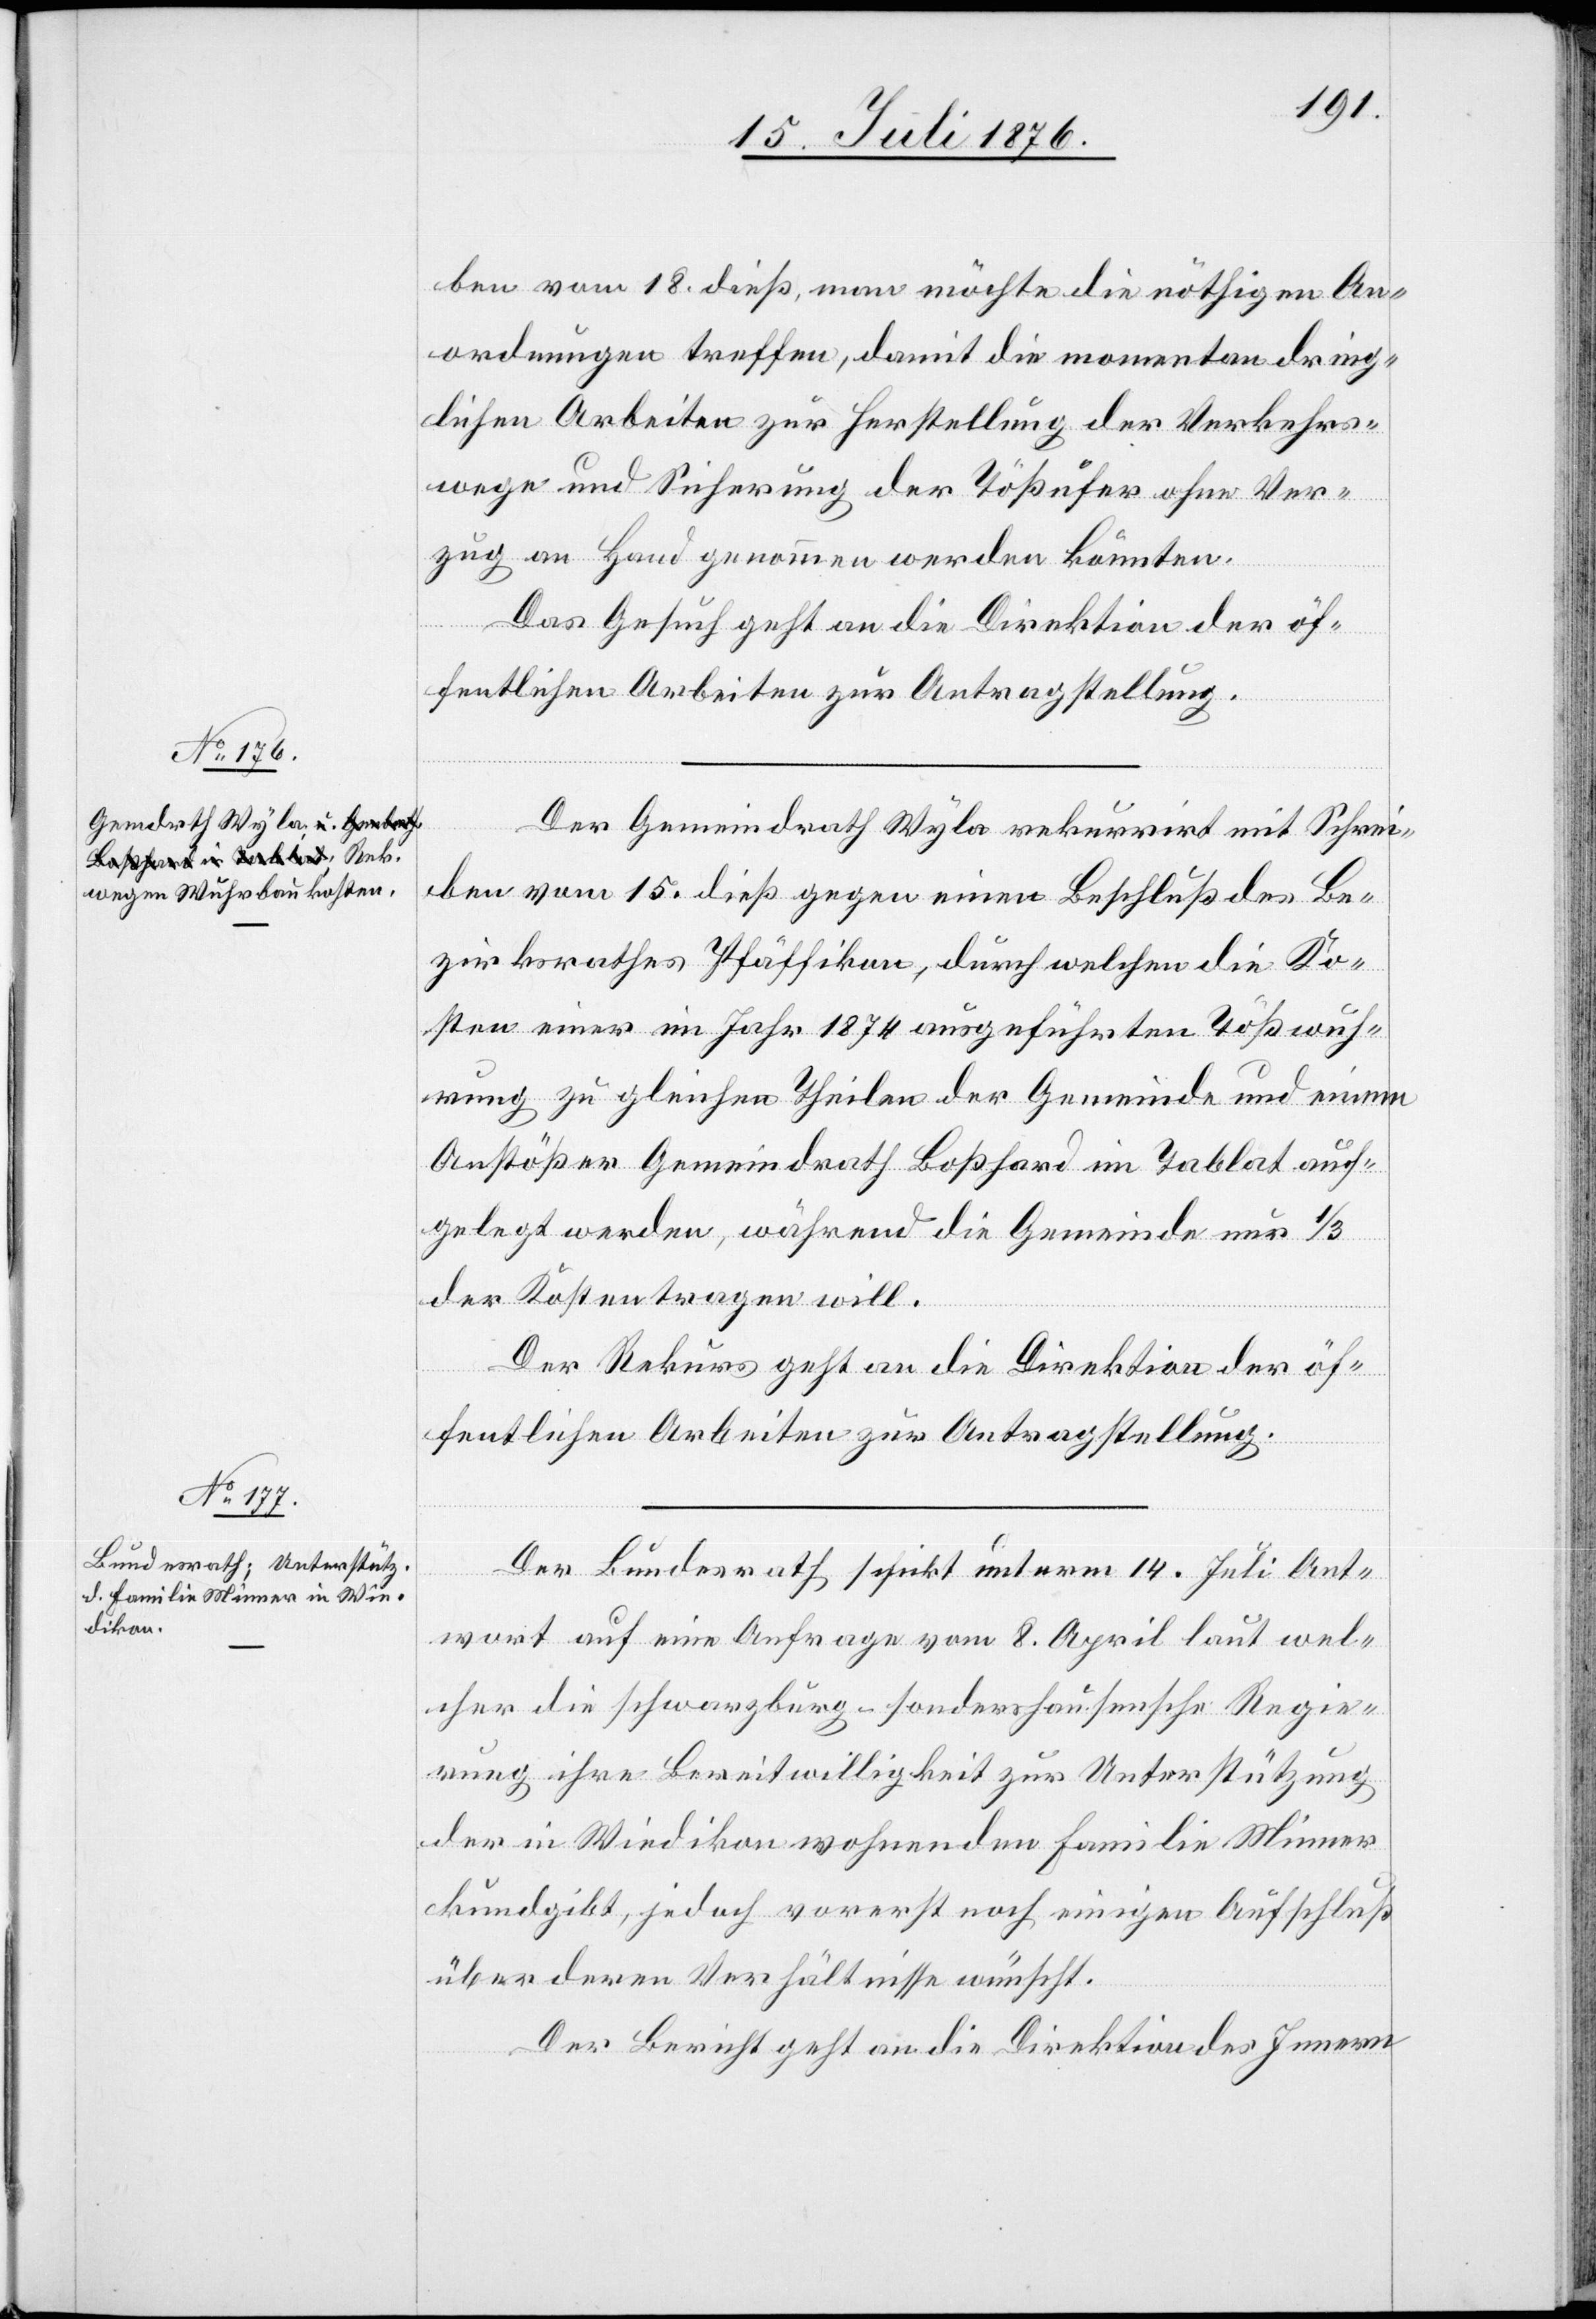
19. Juli 1876.]
ben vom 18. dieß, man möchte die nöthigen An¬
ordnungen treffen, damit die momentan dring¬
lichen Arbeiten zur Herstellung der Verkehrs¬
wege und Sicherung der Tößufer ohne Ver¬
zug an Hand genommen werden könnten.
Das Gesuch geht an die Direktion der öf¬
fentlichen Arbeiten zur Antragstellung.
Der Gemeindrath Wyla rekurrirt mit Schrei¬
ben vom 15. dieß gegen einen Beschluß des Be¬
zirksrathes Pfäffikon, durch welchen die Ko¬
sten einer im Jahr 1874 ausgeführten Tößwuh¬
rung zu gleichen Theilen der Gemeinde und einem
Anstößer Gemeindrath Boßhard im Tablat auf¬
gelegt werden, während die Gemeinde nur 1/3
der Kosten tragen will.
Der Rekurs geht an die Direktion der öf¬
fentlichen Arbeiten zur Antragstellung.
Der Bundesrath schickt unterm 14. Juli Ant¬
wort auf eine Anfrage vom 8. April laut wel¬
cher die Schwarzburg-Sondershausensche Regie¬
rung ihre Bereitwilligkeit zur Unterstützung
der in Wiedikon wohnenden Familie Minner
kundgibt, jedoch vorerst noch einigen Aufschluß
über deren Verhältnisse wünscht.
Der Bericht geht an die Direktion des Innern